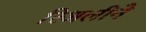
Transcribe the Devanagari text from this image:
रिअलीने